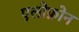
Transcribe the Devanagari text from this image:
एलोफ़ोन